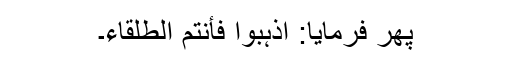
پھر فرمایا: اذہبوا فأنتم الطلقاء۔